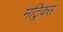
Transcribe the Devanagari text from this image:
मट्रिक्स